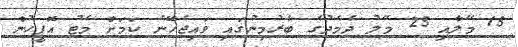
15 މޭލާއި 25 މޭލު ދެމެދުގެ ބާރުމިނުގައި ވައިޖެހޭނެ ކަމަށް މެޓު އޮފީހުން